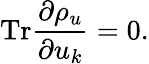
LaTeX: \mathrm{Tr}\frac{\partial\rho_{u}}{\partial u_{k}}=0.